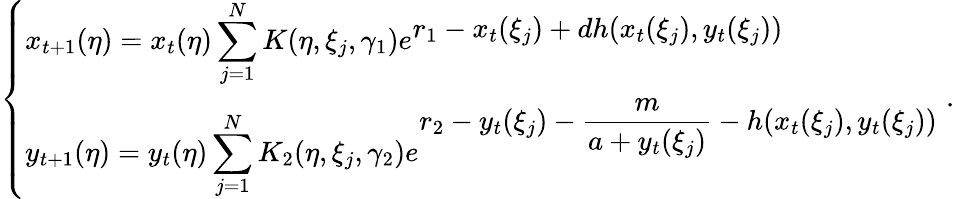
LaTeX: \left\{ \begin{array}{ll}{\displaystyle x_{t+1}(\eta)=x_{t}(\eta)\sum_{j=1}^{N}K(\eta,\xi_{j},\gamma_{1})e^{\displaystyle r_{1}-x_{t}(\xi_{j})+dh(x_{t}(\xi_{j}),y_{t}(\xi_{j}))}}\\ {\displaystyle y_{t+1}(\eta)=y_{t}(\eta)\sum_{j=1}^{N}K_{2}(\eta,\xi_{j},\gamma_{2})e^{\displaystyle r_{2}-y_{t}(\xi_{j})-\frac{m}{a+y_{t}(\xi_{j})}-h(x_{t}(\xi_{j}),y_{t}(\xi_{j}))}}\end{array}\right.\; .